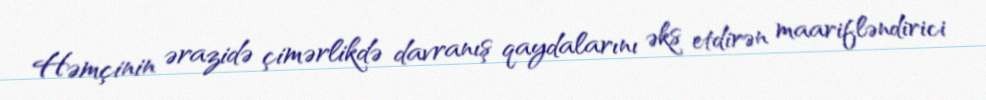
Həmçinin ərazidə çimərlikdə davranış qaydalarını əks etdirən maarifləndirici